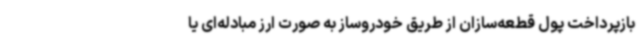
بازپرداخت پول قطعه‌سازان از طریق خودروساز به صورت ارز مبادله‌ای یا